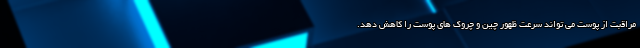
مراقبت از پوست می تواند سرعت ظهور چین و چروک های پوست را کاهش دهد.